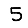
Digit: 5